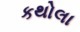
કથોલા